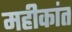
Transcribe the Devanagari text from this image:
महीकांत